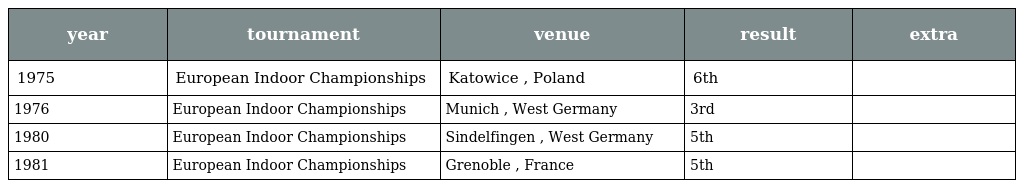
| year | tournament | venue | result | extra |
 | --- | --- | --- | --- | --- |
 | 1975 | European Indoor Championships | Katowice , Poland | 6th |  |
 | 1976 | European Indoor Championships | Munich , West Germany | 3rd |  |
 | 1980 | European Indoor Championships | Sindelfingen , West Germany | 5th |  |
 | 1981 | European Indoor Championships | Grenoble , France | 5th |  |